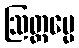
ဩတ္တပ္ပေ